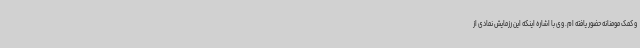
و کمک مومنانه حضور یافته ام. وی با اشاره اینکه این رزمایش نمادی از